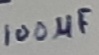
Text: 100µF